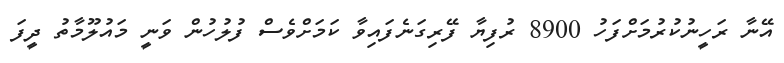
އޭނާ ރަހީނުކުރުމަށްފަހު 8900 ރުފިޔާ ފޭރިގަނެފައިވާ ކަަމަށްވެސް ފުލުހުން ވަނީ މައުލޫމާތު ދީފަ